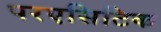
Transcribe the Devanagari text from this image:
परएसिटिक